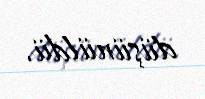
düşünüldü.